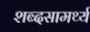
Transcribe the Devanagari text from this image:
शब्दसामर्थ्य